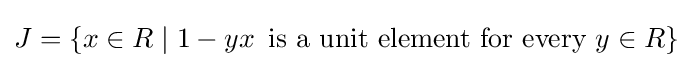
J=\{x\in R\mid 1-yx\,{\text{ is a unit element for every }}y\in R\}